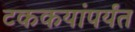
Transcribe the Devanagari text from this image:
टककयांपर्यंत